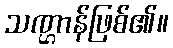
သဏ္ဌာန်ဖြစ်၏။